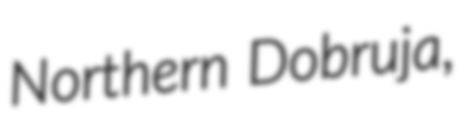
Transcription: Northern Dobruja,